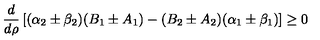
\frac { d } { d \rho } \left[ ( \alpha _ { 2 } \pm \beta _ { 2 } ) ( B _ { 1 } \pm A _ { 1 } ) - ( B _ { 2 } \pm A _ { 2 } ) ( \alpha _ { 1 } \pm \beta _ { 1 } ) \right] \ge 0